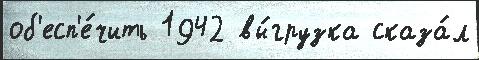
об'есп'е́чить 1942 вы́грузка сказа́л